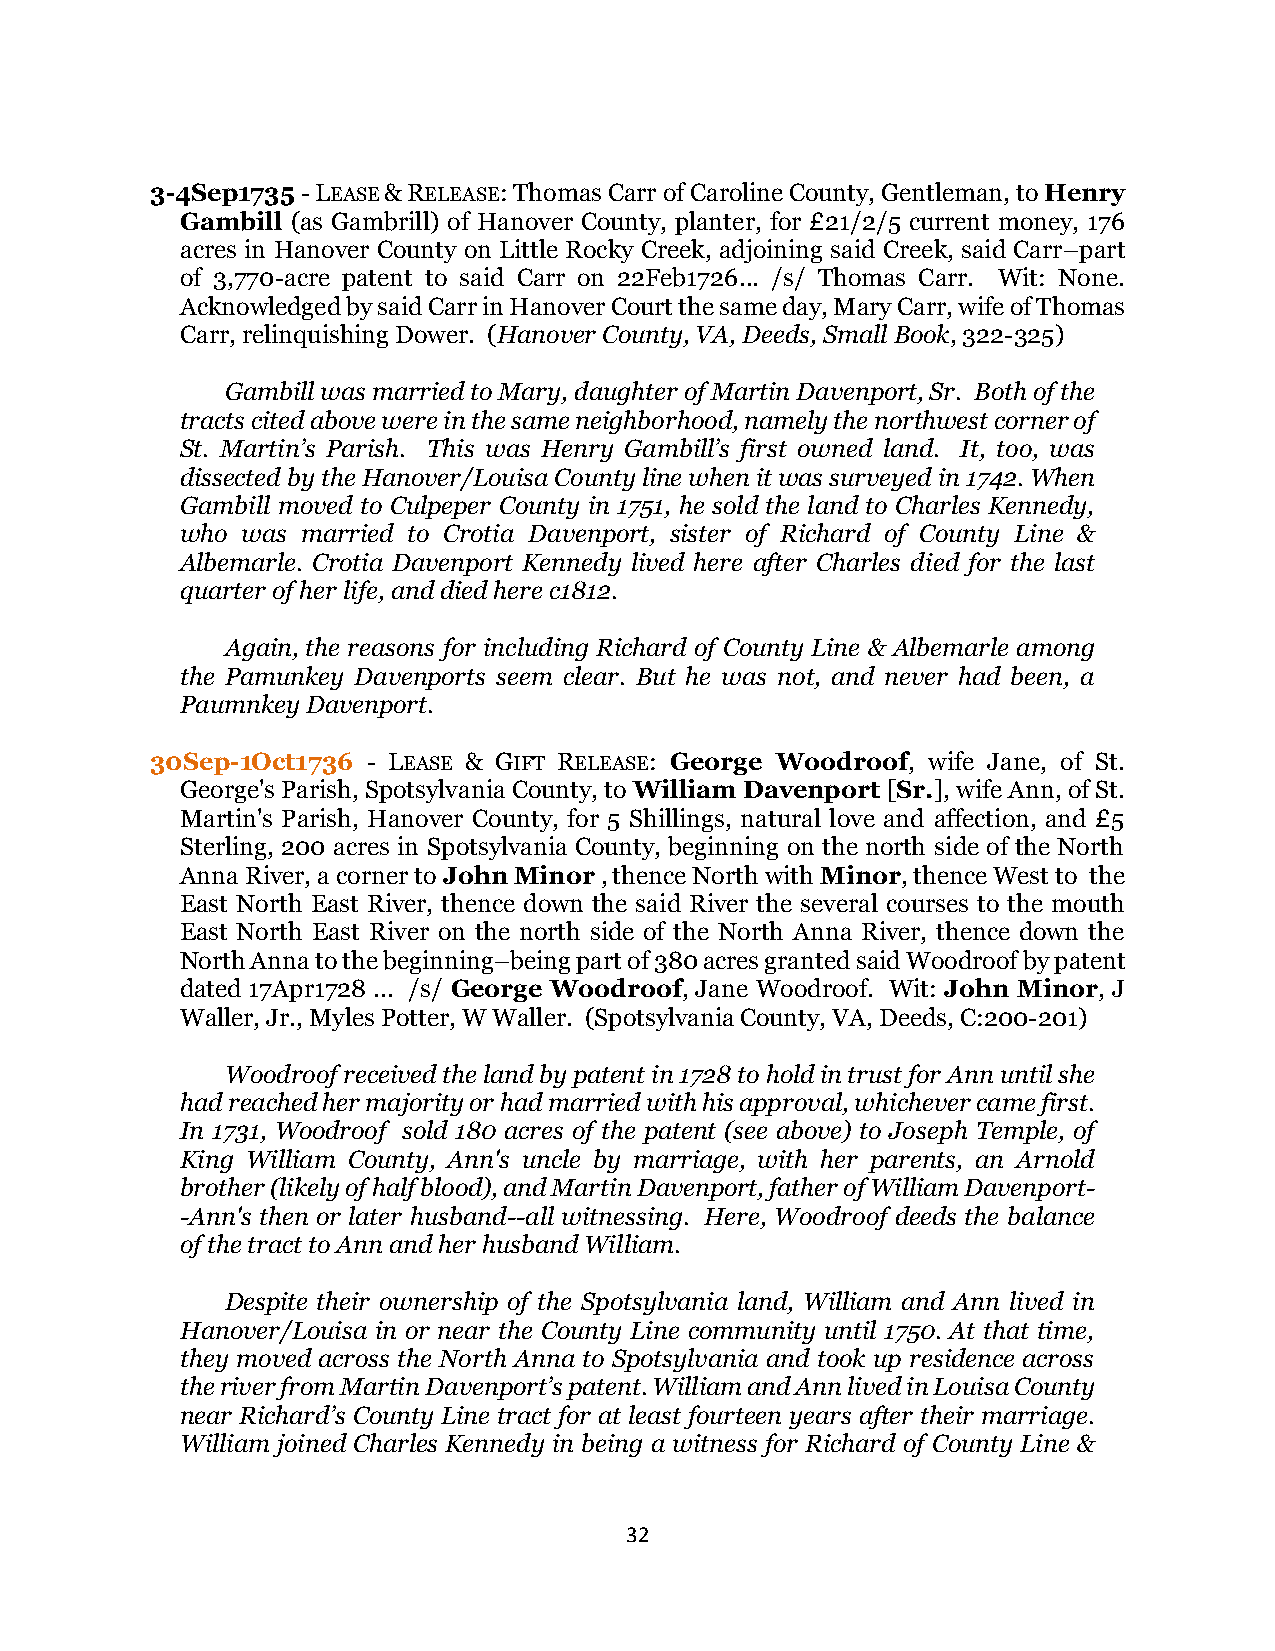
3-4Sep1735 - LEASE & RELEASE: Thomas Carr of Caroline County, Gentleman, to Henry
 Gambill (as Gambrill) of Hanover County, planter, for £21/2/5 current money, 176
 acres in Hanover County on Little Rocky Creek, adjoining said Creek, said Carr–part
 of 3,770-acre patent to said Carr on 22Feb1726... /s/ Thomas Carr. Wit: None.
 Acknowledged by said Carr in Hanover Court the same day, Mary Carr, wife of Thomas
 Carr, relinquishing Dower. (Hanover County, VA, Deeds, Small Book, 322-325)
 Gambill was married to Mary, daughter of Martin Davenport, Sr. Both of the
 tracts cited above were in the same neighborhood, namely the northwest corner of
 St. Martin’s Parish. This was Henry Gambill’s first owned land. It, too, was
 dissected by the Hanover/Louisa County line when it was surveyed in 1742. When
 Gambill moved to Culpeper County in 1751, he sold the land to Charles Kennedy,
 who was married to Crotia Davenport, sister of Richard of County Line &
 Albemarle. Crotia Davenport Kennedy lived here after Charles died for the last
 quarter of her life, and died here c1812.
 Again, the reasons for including Richard of County Line & Albemarle among
 the Pamunkey Davenports seem clear. But he was not, and never had been, a
 Paumnkey Davenport.
 30Sep-1Oct1736 - LEASE & GIFT RELEASE: George Woodroof, wife Jane, of St.
 George's Parish, Spotsylvania County, to William Davenport [Sr.], wife Ann, of St.
 Martin's Parish, Hanover County, for 5 Shillings, natural love and affection, and £5
 Sterling, 200 acres in Spotsylvania County, beginning on the north side of the North
 Anna River, a corner to John Minor , thence North with Minor, thence West to the
 East North East River, thence down the said River the several courses to the mouth
 East North East River on the north side of the North Anna River, thence down the
 North Anna to the beginning–being part of 380 acres granted said Woodroof by patent
 dated 17Apr1728 ... /s/ George Woodroof, Jane Woodroof. Wit: John Minor, J
 Waller, Jr., Myles Potter, W Waller. (Spotsylvania County, VA, Deeds, C:200-201)
 Woodroof received the land by patent in 1728 to hold in trust for Ann until she
 had reached her majority or had married with his approval, whichever came first.
 In 1731, Woodroof sold 180 acres of the patent (see above) to Joseph Temple, of
 King William County, Ann's uncle by marriage, with her parents, an Arnold
 brother (likely of half blood), and Martin Davenport, father of William Davenport-
 -Ann's then or later husband--all witnessing. Here, Woodroof deeds the balance
 of the tract to Ann and her husband William.
 Despite their ownership of the Spotsylvania land, William and Ann lived in
 Hanover/Louisa in or near the County Line community until 1750. At that time,
 they moved across the North Anna to Spotsylvania and took up residence across
 the river from Martin Davenport’s patent. William and Ann lived in Louisa County
 near Richard’s County Line tract for at least fourteen years after their marriage.
 William joined Charles Kennedy in being a witness for Richard of County Line &
 32